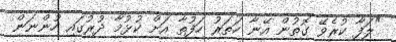
"ލަފާ ކުރެވޭ ގޮތުން އޭނާ ހަތަރު ހަފުތާ އަށް ކުޅުމާ ދުރުގައި ހުންނަން